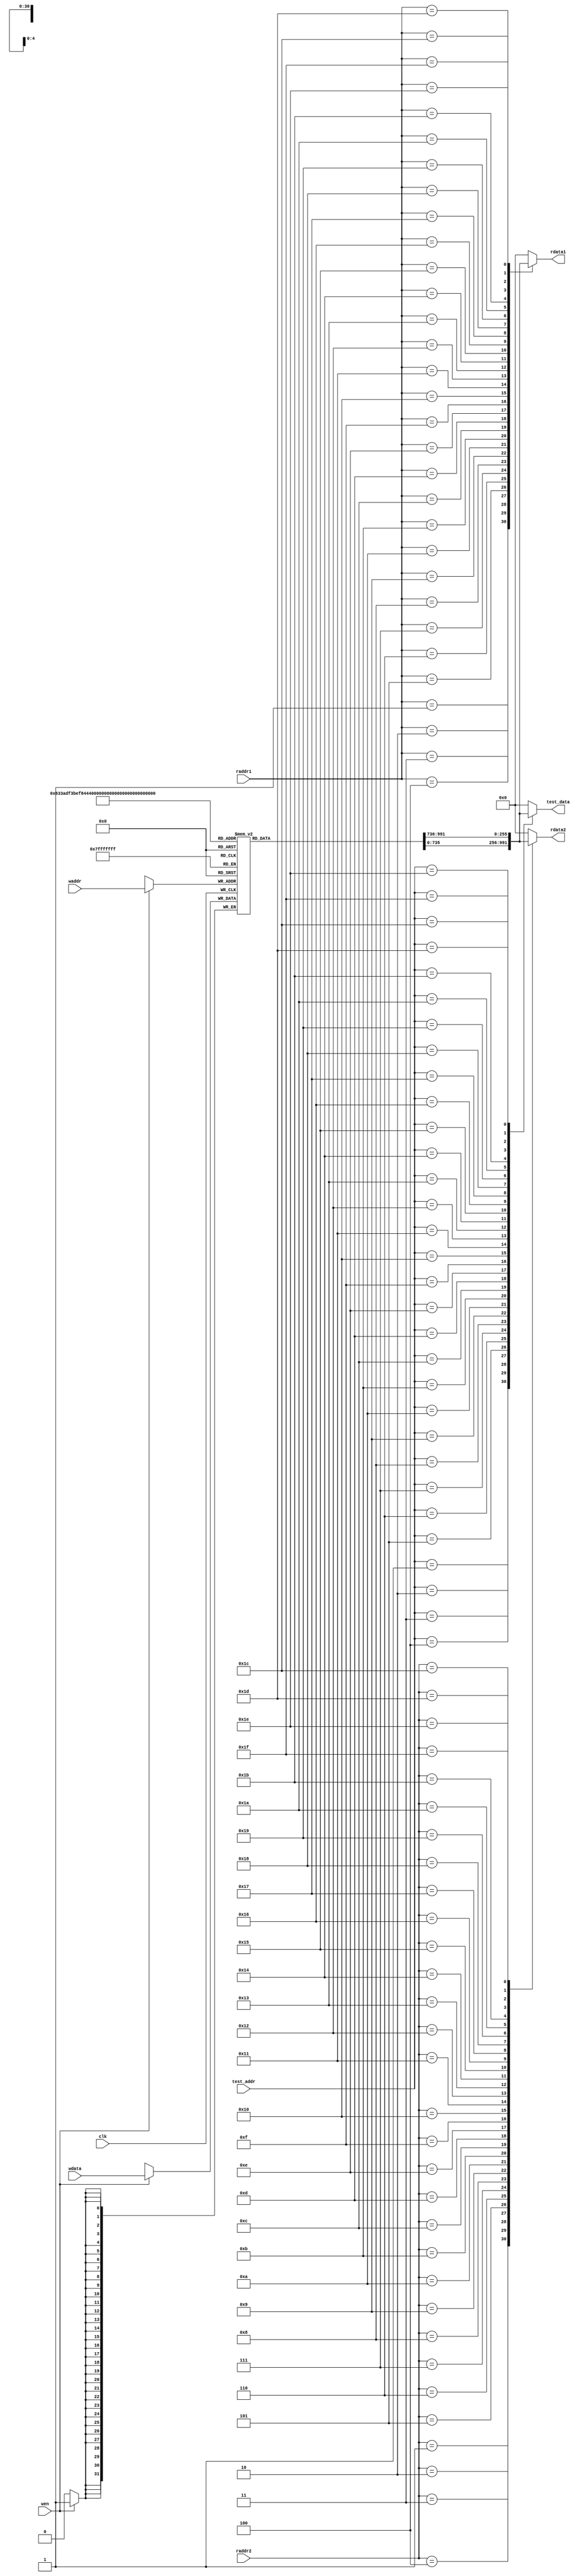
`timescale 1ns / 1ps
//*************************************************************************
//   > : regfile.v
//   >   
//   >   : LOONGSON
//   >   : 2016-04-14
//*************************************************************************
module regfile(
    input             clk,
    input             wen,
    input      [4 :0] raddr1,
    input      [4 :0] raddr2,
    input      [4 :0] waddr,
    input      [31:0] wdata,
    output reg [31:0] rdata1,
    output reg [31:0] rdata2,
    input      [4 :0] test_addr,
    output reg [31:0] test_data
    );
    reg [31:0] rf[31:0];
     
    // three ported register file
    // read two ports combinationally
    // write third port on rising edge of clock
    // register 0 hardwired to 0

    always @(posedge clk)
    begin
        if (wen) 
        begin
            rf[waddr] <= wdata;
        end
    end
     
    //1
    always @(*)
    begin
        case (raddr1)
            5'd1 : rdata1 <= rf[1 ];
            5'd2 : rdata1 <= rf[2 ];
            5'd3 : rdata1 <= rf[3 ];
            5'd4 : rdata1 <= rf[4 ];
            5'd5 : rdata1 <= rf[5 ];
            5'd6 : rdata1 <= rf[6 ];
            5'd7 : rdata1 <= rf[7 ];
            5'd8 : rdata1 <= rf[8 ];
            5'd9 : rdata1 <= rf[9 ];
            5'd10: rdata1 <= rf[10];
            5'd11: rdata1 <= rf[11];
            5'd12: rdata1 <= rf[12];
            5'd13: rdata1 <= rf[13];
            5'd14: rdata1 <= rf[14];
            5'd15: rdata1 <= rf[15];
            5'd16: rdata1 <= rf[16];
            5'd17: rdata1 <= rf[17];
            5'd18: rdata1 <= rf[18];
            5'd19: rdata1 <= rf[19];
            5'd20: rdata1 <= rf[20];
            5'd21: rdata1 <= rf[21];
            5'd22: rdata1 <= rf[22];
            5'd23: rdata1 <= rf[23];
            5'd24: rdata1 <= rf[24];
            5'd25: rdata1 <= rf[25];
            5'd26: rdata1 <= rf[26];
            5'd27: rdata1 <= rf[27];
            5'd28: rdata1 <= rf[28];
            5'd29: rdata1 <= rf[29];
            5'd30: rdata1 <= rf[30];
            5'd31: rdata1 <= rf[31];
            default : rdata1 <= 32'd0;
        endcase
    end
    //2
    always @(*)
    begin
        case (raddr2)
            5'd1 : rdata2 <= rf[1 ];
            5'd2 : rdata2 <= rf[2 ];
            5'd3 : rdata2 <= rf[3 ];
            5'd4 : rdata2 <= rf[4 ];
            5'd5 : rdata2 <= rf[5 ];
            5'd6 : rdata2 <= rf[6 ];
            5'd7 : rdata2 <= rf[7 ];
            5'd8 : rdata2 <= rf[8 ];
            5'd9 : rdata2 <= rf[9 ];
            5'd10: rdata2 <= rf[10];
            5'd11: rdata2 <= rf[11];
            5'd12: rdata2 <= rf[12];
            5'd13: rdata2 <= rf[13];
            5'd14: rdata2 <= rf[14];
            5'd15: rdata2 <= rf[15];
            5'd16: rdata2 <= rf[16];
            5'd17: rdata2 <= rf[17];
            5'd18: rdata2 <= rf[18];
            5'd19: rdata2 <= rf[19];
            5'd20: rdata2 <= rf[20];
            5'd21: rdata2 <= rf[21];
            5'd22: rdata2 <= rf[22];
            5'd23: rdata2 <= rf[23];
            5'd24: rdata2 <= rf[24];
            5'd25: rdata2 <= rf[25];
            5'd26: rdata2 <= rf[26];
            5'd27: rdata2 <= rf[27];
            5'd28: rdata2 <= rf[28];
            5'd29: rdata2 <= rf[29];
            5'd30: rdata2 <= rf[30];
            5'd31: rdata2 <= rf[31];
            default : rdata2 <= 32'd0;
        endcase
    end
     //
    always @(*)
    begin
        case (test_addr)
            5'd1 : test_data <= rf[1 ];
            5'd2 : test_data <= rf[2 ];
            5'd3 : test_data <= rf[3 ];
            5'd4 : test_data <= rf[4 ];
            5'd5 : test_data <= rf[5 ];
            5'd6 : test_data <= rf[6 ];
            5'd7 : test_data <= rf[7 ];
            5'd8 : test_data <= rf[8 ];
            5'd9 : test_data <= rf[9 ];
            5'd10: test_data <= rf[10];
            5'd11: test_data <= rf[11];
            5'd12: test_data <= rf[12];
            5'd13: test_data <= rf[13];
            5'd14: test_data <= rf[14];
            5'd15: test_data <= rf[15];
            5'd16: test_data <= rf[16];
            5'd17: test_data <= rf[17];
            5'd18: test_data <= rf[18];
            5'd19: test_data <= rf[19];
            5'd20: test_data <= rf[20];
            5'd21: test_data <= rf[21];
            5'd22: test_data <= rf[22];
            5'd23: test_data <= rf[23];
            5'd24: test_data <= rf[24];
            5'd25: test_data <= rf[25];
            5'd26: test_data <= rf[26];
            5'd27: test_data <= rf[27];
            5'd28: test_data <= rf[28];
            5'd29: test_data <= rf[29];
            5'd30: test_data <= rf[30];
            5'd31: test_data <= rf[31];
            default : test_data <= 32'd0;
        endcase
    end
endmodule